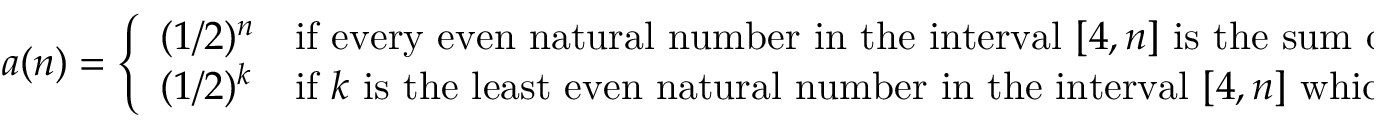
a ( n ) = { \left\{ \begin{array} { l l } { ( 1 / 2 ) ^ { n } } & { { \mathrm { i f ~ e v e r y ~ e v e n ~ n a t u r a l ~ n u m b e r ~ i n ~ t h e ~ i n t e r v a l ~ } } [ 4 , n ] { \mathrm { ~ i s ~ t h e ~ s u m ~ o f ~ t w o ~ p r i m e s } } , } \\ { ( 1 / 2 ) ^ { k } } & { { \mathrm { i f ~ } } k { \mathrm { ~ i s ~ t h e ~ l e a s t ~ e v e n ~ n a t u r a l ~ n u m b e r ~ i n ~ t h e ~ i n t e r v a l ~ } } [ 4 , n ] { \mathrm { ~ w h i c h ~ i s ~ n o t ~ t h e ~ s u m ~ o f ~ t w o ~ p r i m e s } } } \end{array} \right. }